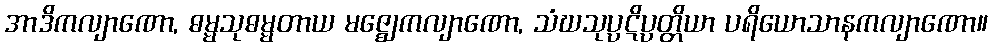
အာဒိကလျာဏော, ဓမ္မသုဓမ္မတာယ မဇ္ဈေကလျာဏော, သံဃသုပ္ပဋိပ္ပတ္တိယာ ပရိယောသာနကလျာဏော။